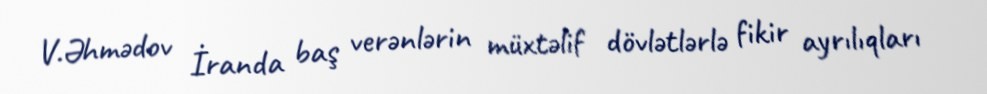
V.Əhmədov İranda baş verənlərin müxtəlif dövlətlərlə fikir ayrılıqları